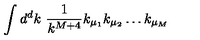
\int d ^ { d } k \ \frac { 1 } { k ^ { M + 4 } } k _ { \mu _ { 1 } } k _ { \mu _ { 2 } } \ldots k _ { \mu _ { M } }